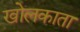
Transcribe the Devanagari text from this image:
खोलकाता